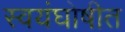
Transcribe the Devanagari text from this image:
स्वयंघोषीत